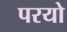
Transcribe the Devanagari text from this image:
परयो